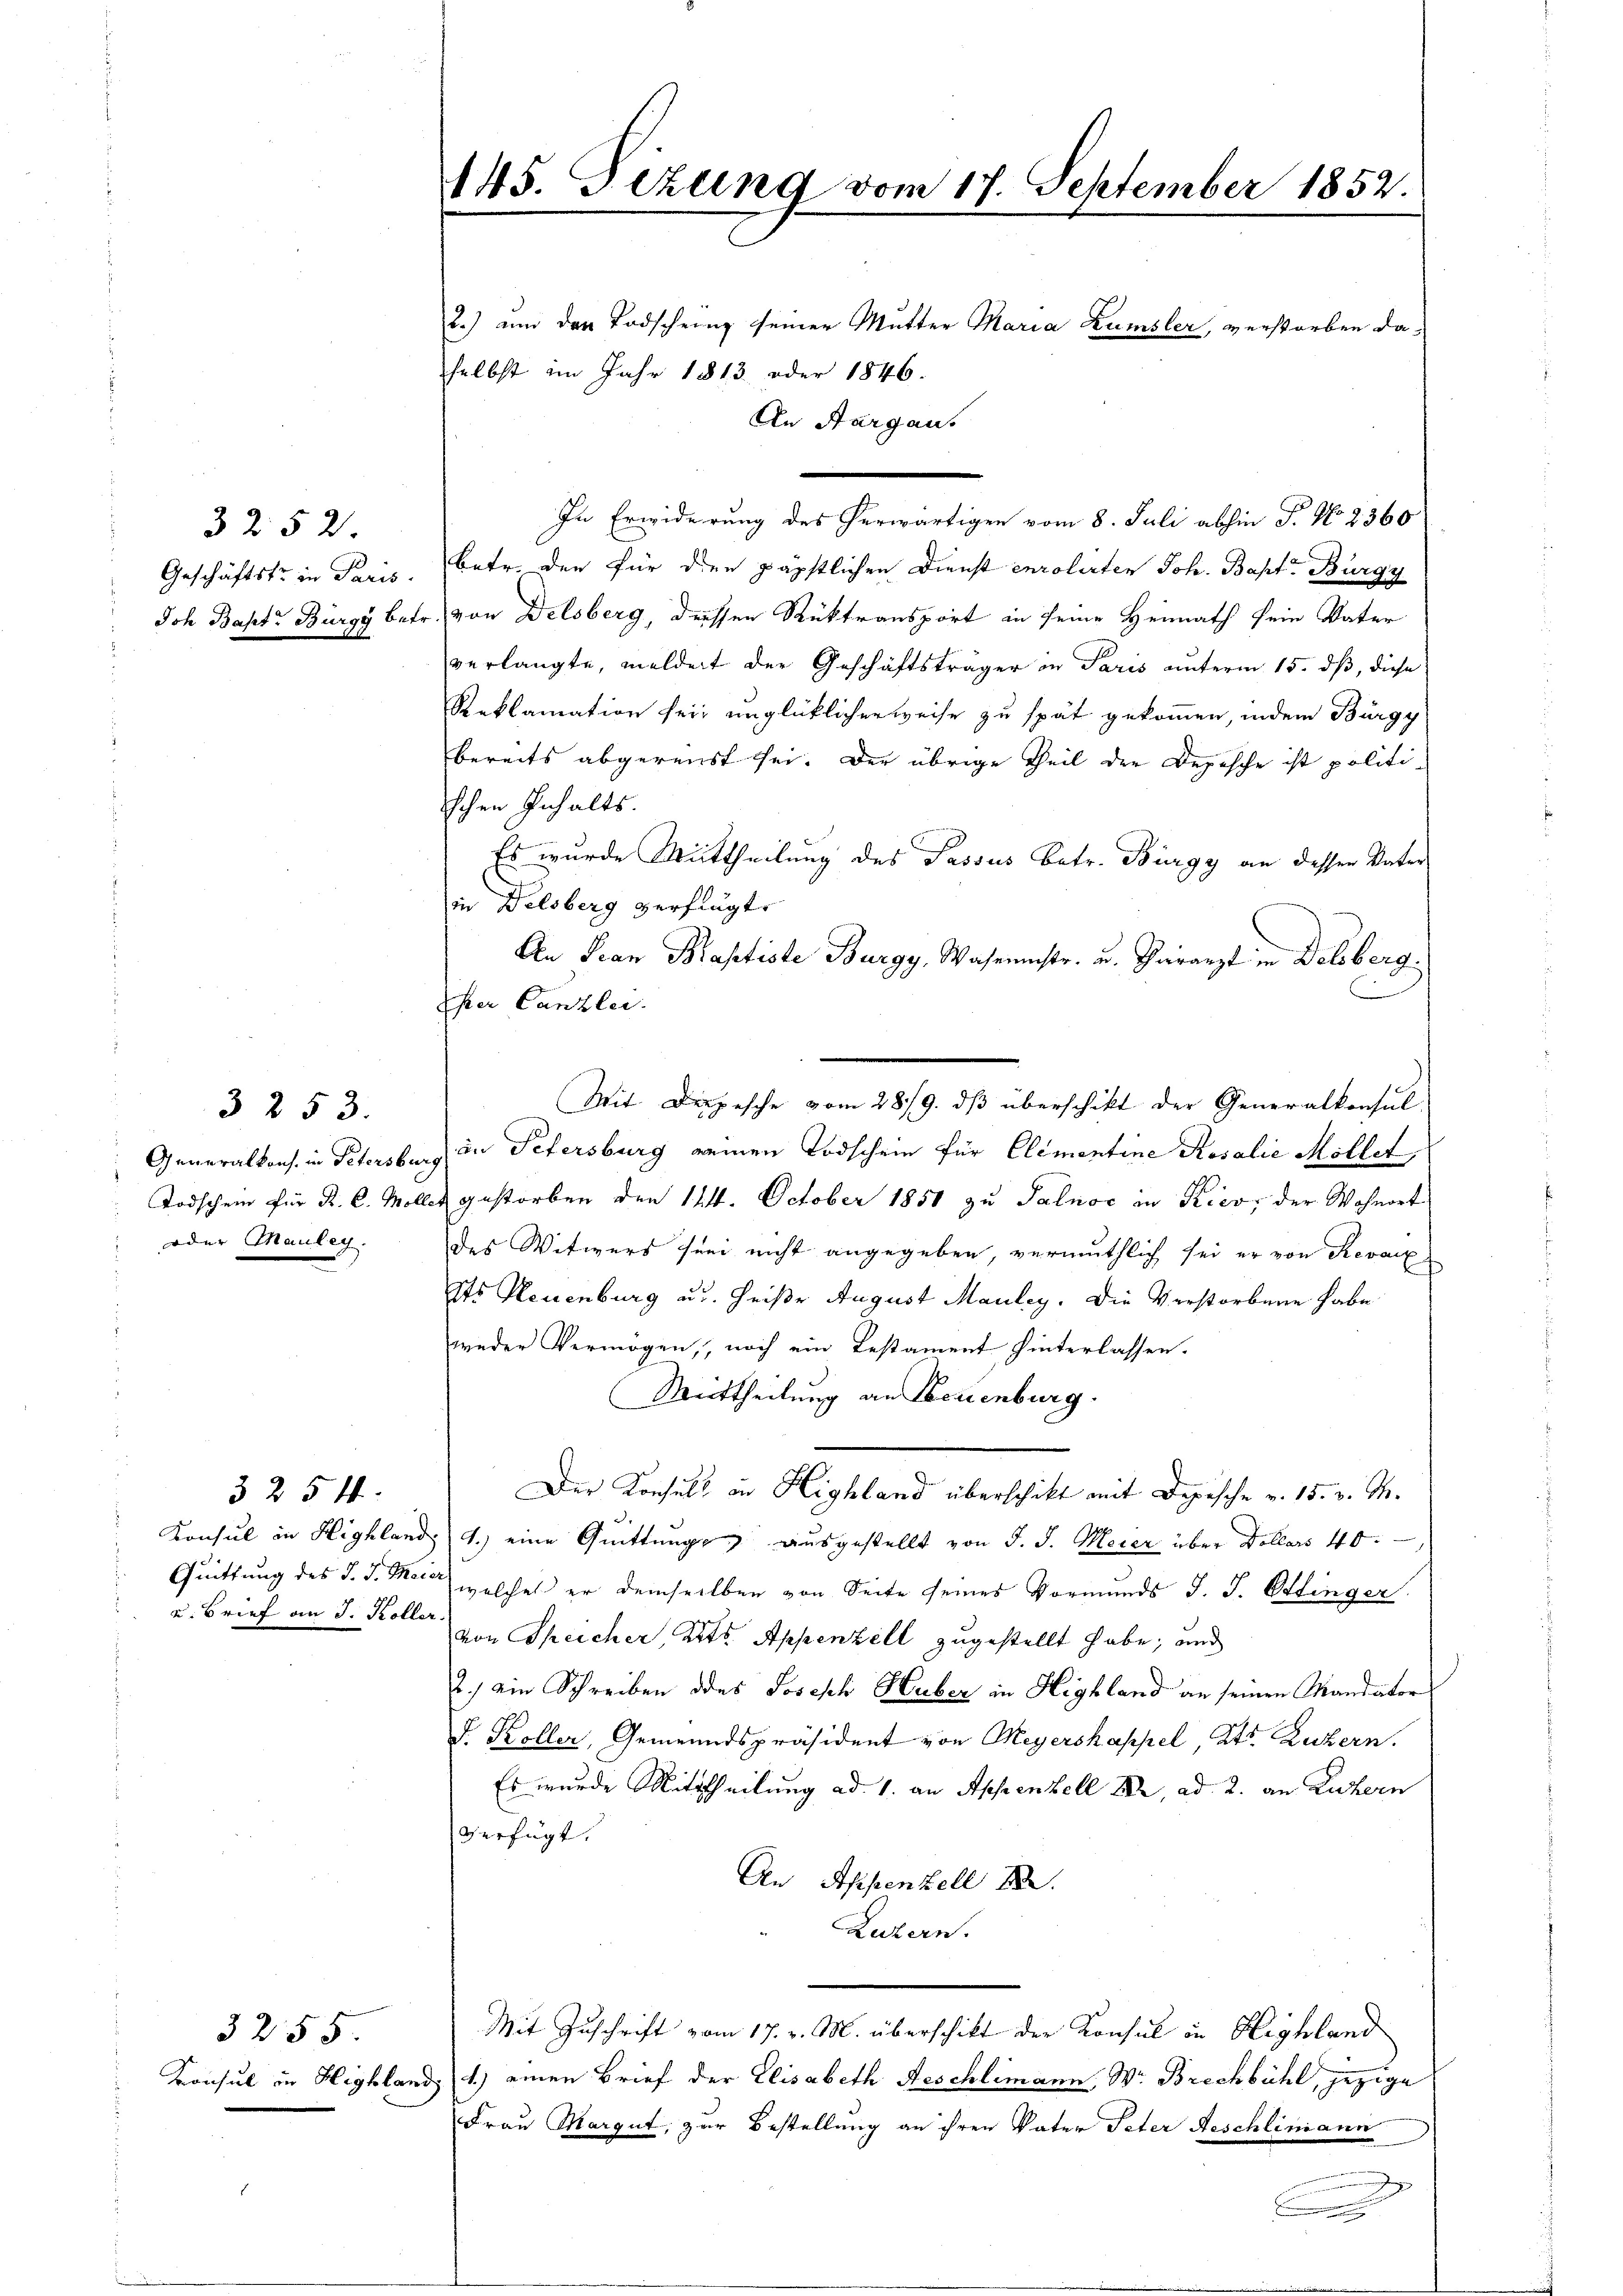
325 2
Geschäftstr. in Paris.
Joh Bapt. Bürgy betr.

3253.
Generalkons. in Petersburg
Todschein für R. C. Mölle
oder Mauley.

3 254.
u. Brief an J. Koller.

3255.
Konsul in Highland

145. Fezung vom 17. September 1852.
2.) an der Todscheing seiner Mutter Maria Kumsler, verstorben daselbst im Jahr 1813. oder 1846.

In Erwiderung des herwärtigen vom 8. Juli abhin J. No 2360
betr. den für den päpstlichen Dienst enrolirten Joh. Bapt. Bürgy
 von Delsberg, dessen Rüktransport in seine Heimath sein Vater
verlangte, meldert der Geschäftsträger in Paris unterm 15. dß, diese
Reklamation sein unglücklicherweise zu spät gekommen, indem Bürgy
bereits abgereist sei. Der übrige Theil der Depesche ist politischen Inhalts.
Es wurde Mittheilung des Passus betr. Bürgy an dessen Vater
in Delsberg verflügte
An Pian Baptiste Burgy, Wahrnistr. u. Tararzt in Delsberg.
Eher Canzlei.
in Petersburg reinen Todschein für Elementine Rosalie Möllet,
i gestorben den 124. October 1851 zu Salnoc in Kies, der Wohnort
des Witwers sei nicht angegeben, vermuthlich sei er von Revanz
dts Neuenburg u. heiße August Mauley. Die Verstorbene habe
weder Vermögen, noch ein Testament hinterlassen.
Mittheilung an Neuenburg.
Der Konsuls in Highland überschikt mit Depesche v. 15. v. M.
Konsul in Highland, 1.) eine Quittungs ausgestellt von J. J. Morer über Dollars 40.
Quittung des J. J. Mai welches er demselben von Seite seines Vormunds J. J. Ettinger
von Speicher, Kts. Appenzell zugestellt habe; und
2.) ein Schreiben des Joseph Huber in Highland an seinen Mandator
J. Koller, Gemeindspräsident von Meyerskappel, Kts. Luzern.
Es wurde Mittheilung ad 1. an Appenzell 182, ad 2. an Luzern
verfügt:
An Appenzell A.
Luzern.

An Aargaus

e
Mit Depesche vom 28/9. ds überschikt der Generalkonsul-

Mit Zuschrift vom 17. v. M. überschikt der Konsul in Highland

1.) einen Brief der Elisabeth Aeschlimann, W. Brechbühl, jezige
Frau Margut, zur Bestellung an ihren Vater Peter Aeschlimann

.